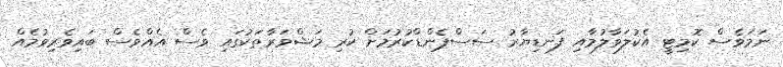
ނަމަވެސް ކޮމިޓީ އެކުލަވާލުމާއި ފަނޑިޔާރު ސަސްޕެންޑްކުރުމަށް ކުރި މަޝްވަރާތަކުގައި ވެސް އެއްވެސް ބައިވެރިވުމެއް